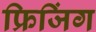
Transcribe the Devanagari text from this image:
फ्रिजिंग